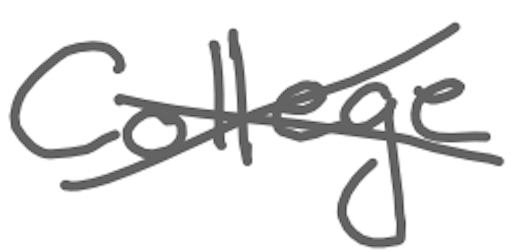
Text: College
Cross-out: cross
Writing tool: digital_gray